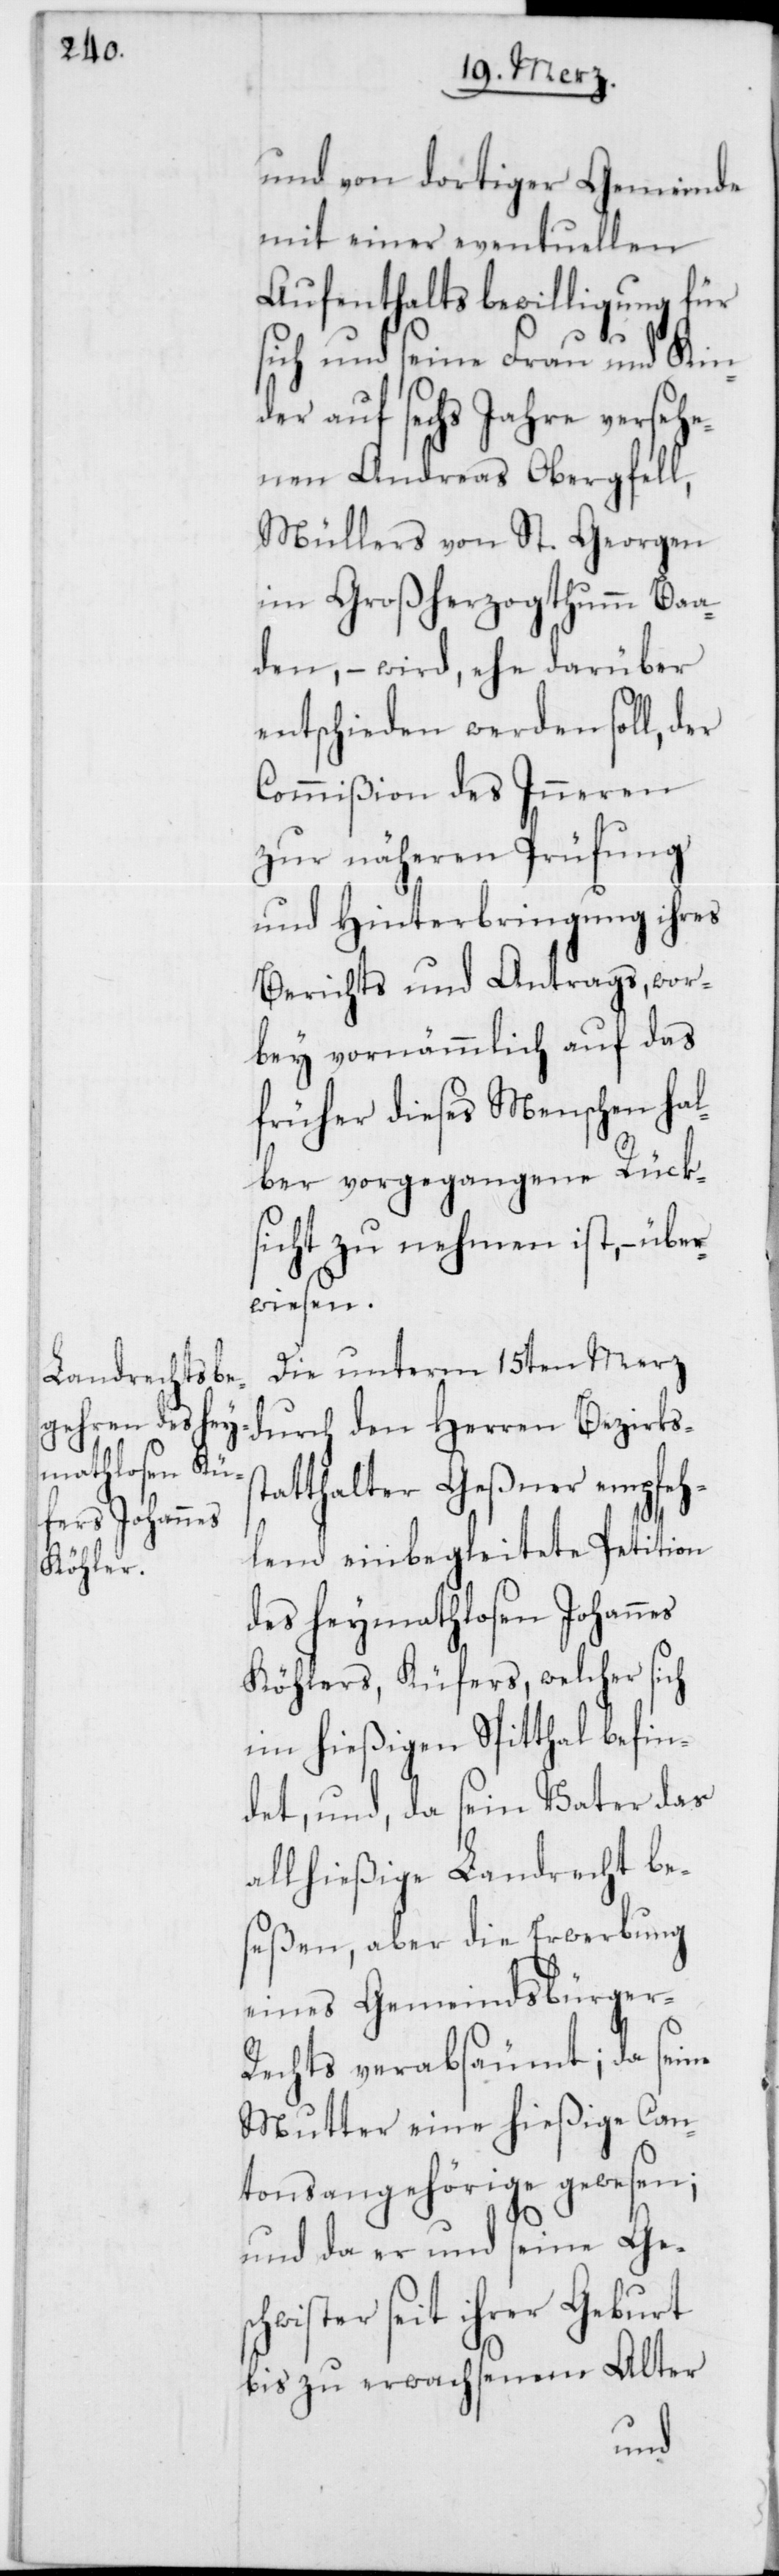
und von dortiger Gemeinde
mit einer eventuellen
Aufenthaltsbewilligung für
sich und seine Frau und Kin¬
der auf sechs Jahre versehe¬
nen Andreas Obergfell,
Müllers von St. Georgen
im Großherzogthum Baa¬
den, – wird, ehe darüber
entschieden werden soll, der
Commißion des Inneren
zur näheren Prüfung
und Hinterbringung ihres
Berichts und Antrags, wor¬
bey vornämmlich auf das
früher dieses Menschen hal¬
ber vorgegangene Rück¬
sicht zu nehmen ist, – übe¬
rwiesen.
Die unterm 15ten Merz
durch den Herren Bezirkss¬
tatthalter Geßner empfeh¬
lend einbegleitete Petition
des heymathlosen Johannes
Köhlers, Küfers, welcher sich
im hießigen Spitthal befin¬
det, und, da sein Vater das
allhießige Landrecht be¬
seßen, aber die Erwerbung
eines Gemeindsbürger-R¬
echts verabsäumt; da seine
Mutter eine hießige Can¬
tonsangehörige gewesen;
und da er und seine Gesc¬
hwister seit ihrer Geburt
bis zu erwachsenem Alter